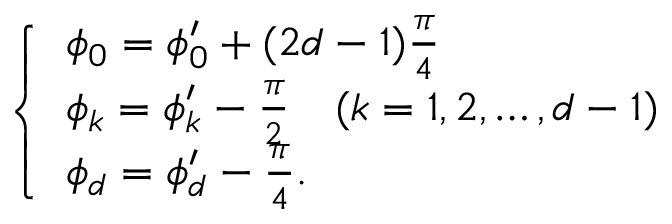
\left\{ \begin{array} { l l } { \phi _ { 0 } = \phi _ { 0 } ^ { \prime } + ( 2 d - 1 ) \frac { \pi } { 4 } } \\ { \phi _ { k } = \phi _ { k } ^ { \prime } - \frac { \pi } { 2 } \quad ( k = 1 , 2 , \ldots , d - 1 ) } \\ { \phi _ { d } = \phi _ { d } ^ { \prime } - \frac { \pi } { 4 } . } \end{array} \right.